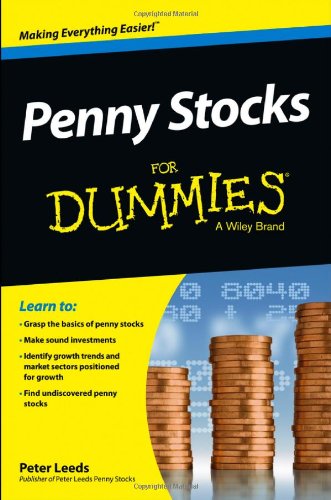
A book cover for Penny Stocks For Dummies; Peter Leeds; Business & Money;